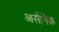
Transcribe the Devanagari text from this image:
आर्सनिक